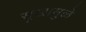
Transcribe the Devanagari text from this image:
सुखामुळे